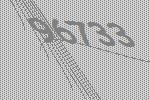
96733